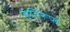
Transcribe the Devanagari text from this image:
कृतिरूपों